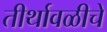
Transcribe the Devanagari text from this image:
तीर्थावळीचे